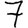
Digit: 7